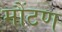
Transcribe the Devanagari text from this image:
मौंटण